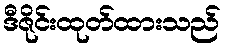
ဒီဇိုင်းထုတ်ထားသည်